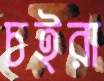
চইরা